Report on sanitation, dispensaries, and jails in Rajputana for 1913, and on vaccination for the year 1913-1914 - 1913-1914
Year: 1913
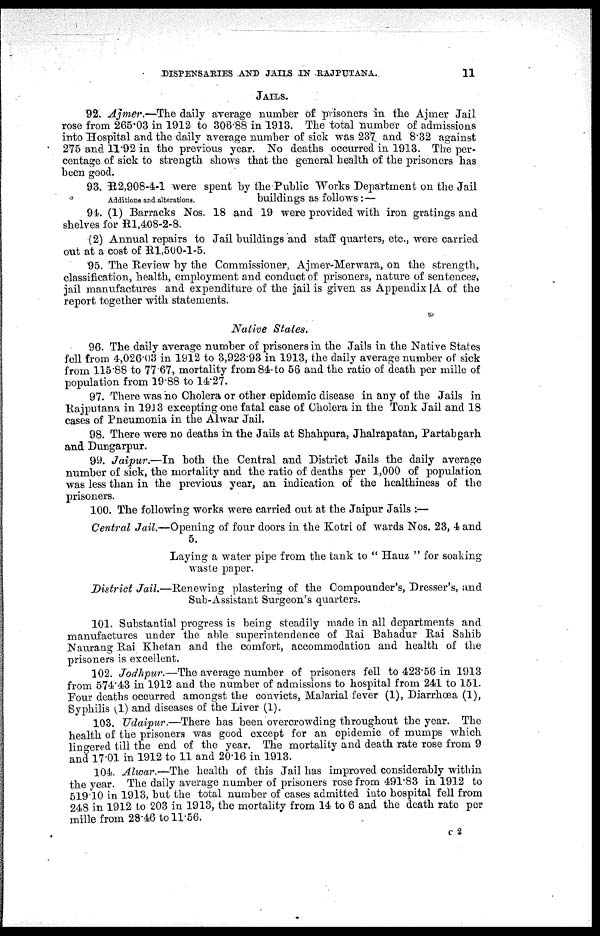
DISPENSARIES AND JAILS IN RAJPUTANA.
11
JAILS.
92. Ajmer.—The daily average number of prisoners in the Ajmer Jail
rose from 265.03 in 1912 to 306.88 in 1913. The total number of admissions
into Hospital and the daily average number of sick was 237 and 8.32 against
275 and 11.92 in the previous year. No deaths occurred in 1913. The per-
centage of sick to strength shows that the general health of the prisoners has
been good.
Additions and alterations.
93. R2,908-4-1 were spent by the Public Works Department on the Jail
buildings as follows :—
94. (1) Barracks Nos. 18 and 19 were provided with iron gratings and
shelves for R1,408-2-8.
(2) Annual repairs to Jail buildings and staff quarters, etc., were carried
out at a cost of R1,500-1-5.
95. The Review by the Commissioner, Ajmer-Merwara, on the strength,
classification, health, employment and conduct of prisoners, nature of sentences,
jail manufactures and expenditure of the jail is given as Appendix |A of the
report together with statements.
Native States.
96. The daily average number of prisoners in the Jails in the Native States
fell from 4,026 03 in 1912 to 3,923.93 in 1913, the daily average number of sick
from 115.88 to 77.67, mortality from 84 to 56 and the ratio of death per mille of
population from 19.88 to 14.27.
97. There was no Cholera or other epidemic disease in any of the Jails in
Rajputana in 1913 excepting one fatal case of Cholera in the Tonk Jail and 18
cases of Pneumonia in the Alwar Jail.
98. There were no deaths in the Jails at Shahpura, Jhalrapatan, Partabgarh
and Dungarpur.
99. Jaipur.—In both the Central and District Jails the daily average
number of sick, the mortality and the ratio of deaths per 1,000 of population
was less than in the previous year, an indication of the healthiness of the
prisoners.
100. The following works were carried out at the Jaipur Jails :—
Central Jail.—Opening of four doors in the Kotri of wards Nos. 23, 4 and
5.
Laying a water pipe from the tank to " Hauz " for soaking
waste paper.
District Jail.—Renewing plastering of the Compounder's, Dresser's, and
Sub-Assistant Surgeon's quarters.
101. Substantial progress is being steadily made in all departments and
manufactures under the able superintendence of Rai Bahadur Rai Sahib
Naurang Rai Khetan and the comfort, accommodation and health of the
prisoners is excellent.
102. Jodhpur.—The average number of prisoners fell to 423.56 in 1913
from 574.43 in 1912 and the number of admissions to hospital from 241 to 151.
Four deaths occurred amongst the convicts, Malarial fever (1), Diarrhœa (1),
Syphilis (1) and diseases of the Liver (1).
103. Udaipur.—There has been overcrowding throughout the year. The
health of the prisoners was good except for an epidemic of mumps which
lingered till the end of the year. The mortality and death rate rose from 9
and 17.01 in 1912 to 11 and 20.16 in 1913.
104. Alwar.—The health of this Jail has improved considerably within
the year. The daily average number of prisoners rose from 491.83 in 1912 to
519.10 in 1913, but the total number of cases admitted into hospital fell from
248 in 1912 to 203 in 1913, the mortality from 14 to 6 and the death rate per
mille from 28.46 to 11.56.
C 2